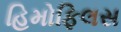
હિમોફિલસ